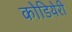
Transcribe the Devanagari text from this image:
कोडियेरी